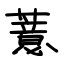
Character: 薏